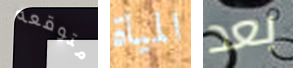
متوقعه المياة بعد